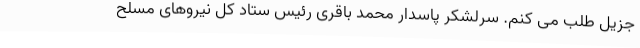
جزیل طلب می کنم. سرلشکر پاسدار محمد باقری رئیس ستاد کل نیروهای مسلح